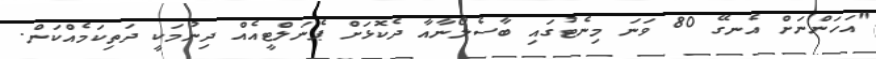
"އަހަންނަށް އެނގޭ 80 ވަނަ މިނެޓުގައި ބާސެލޯނާއާ ދެކޮޅަށް ޕެނަލްޓީއެއް ދިނުމަކީ ދަތިކަމެއްކަން.